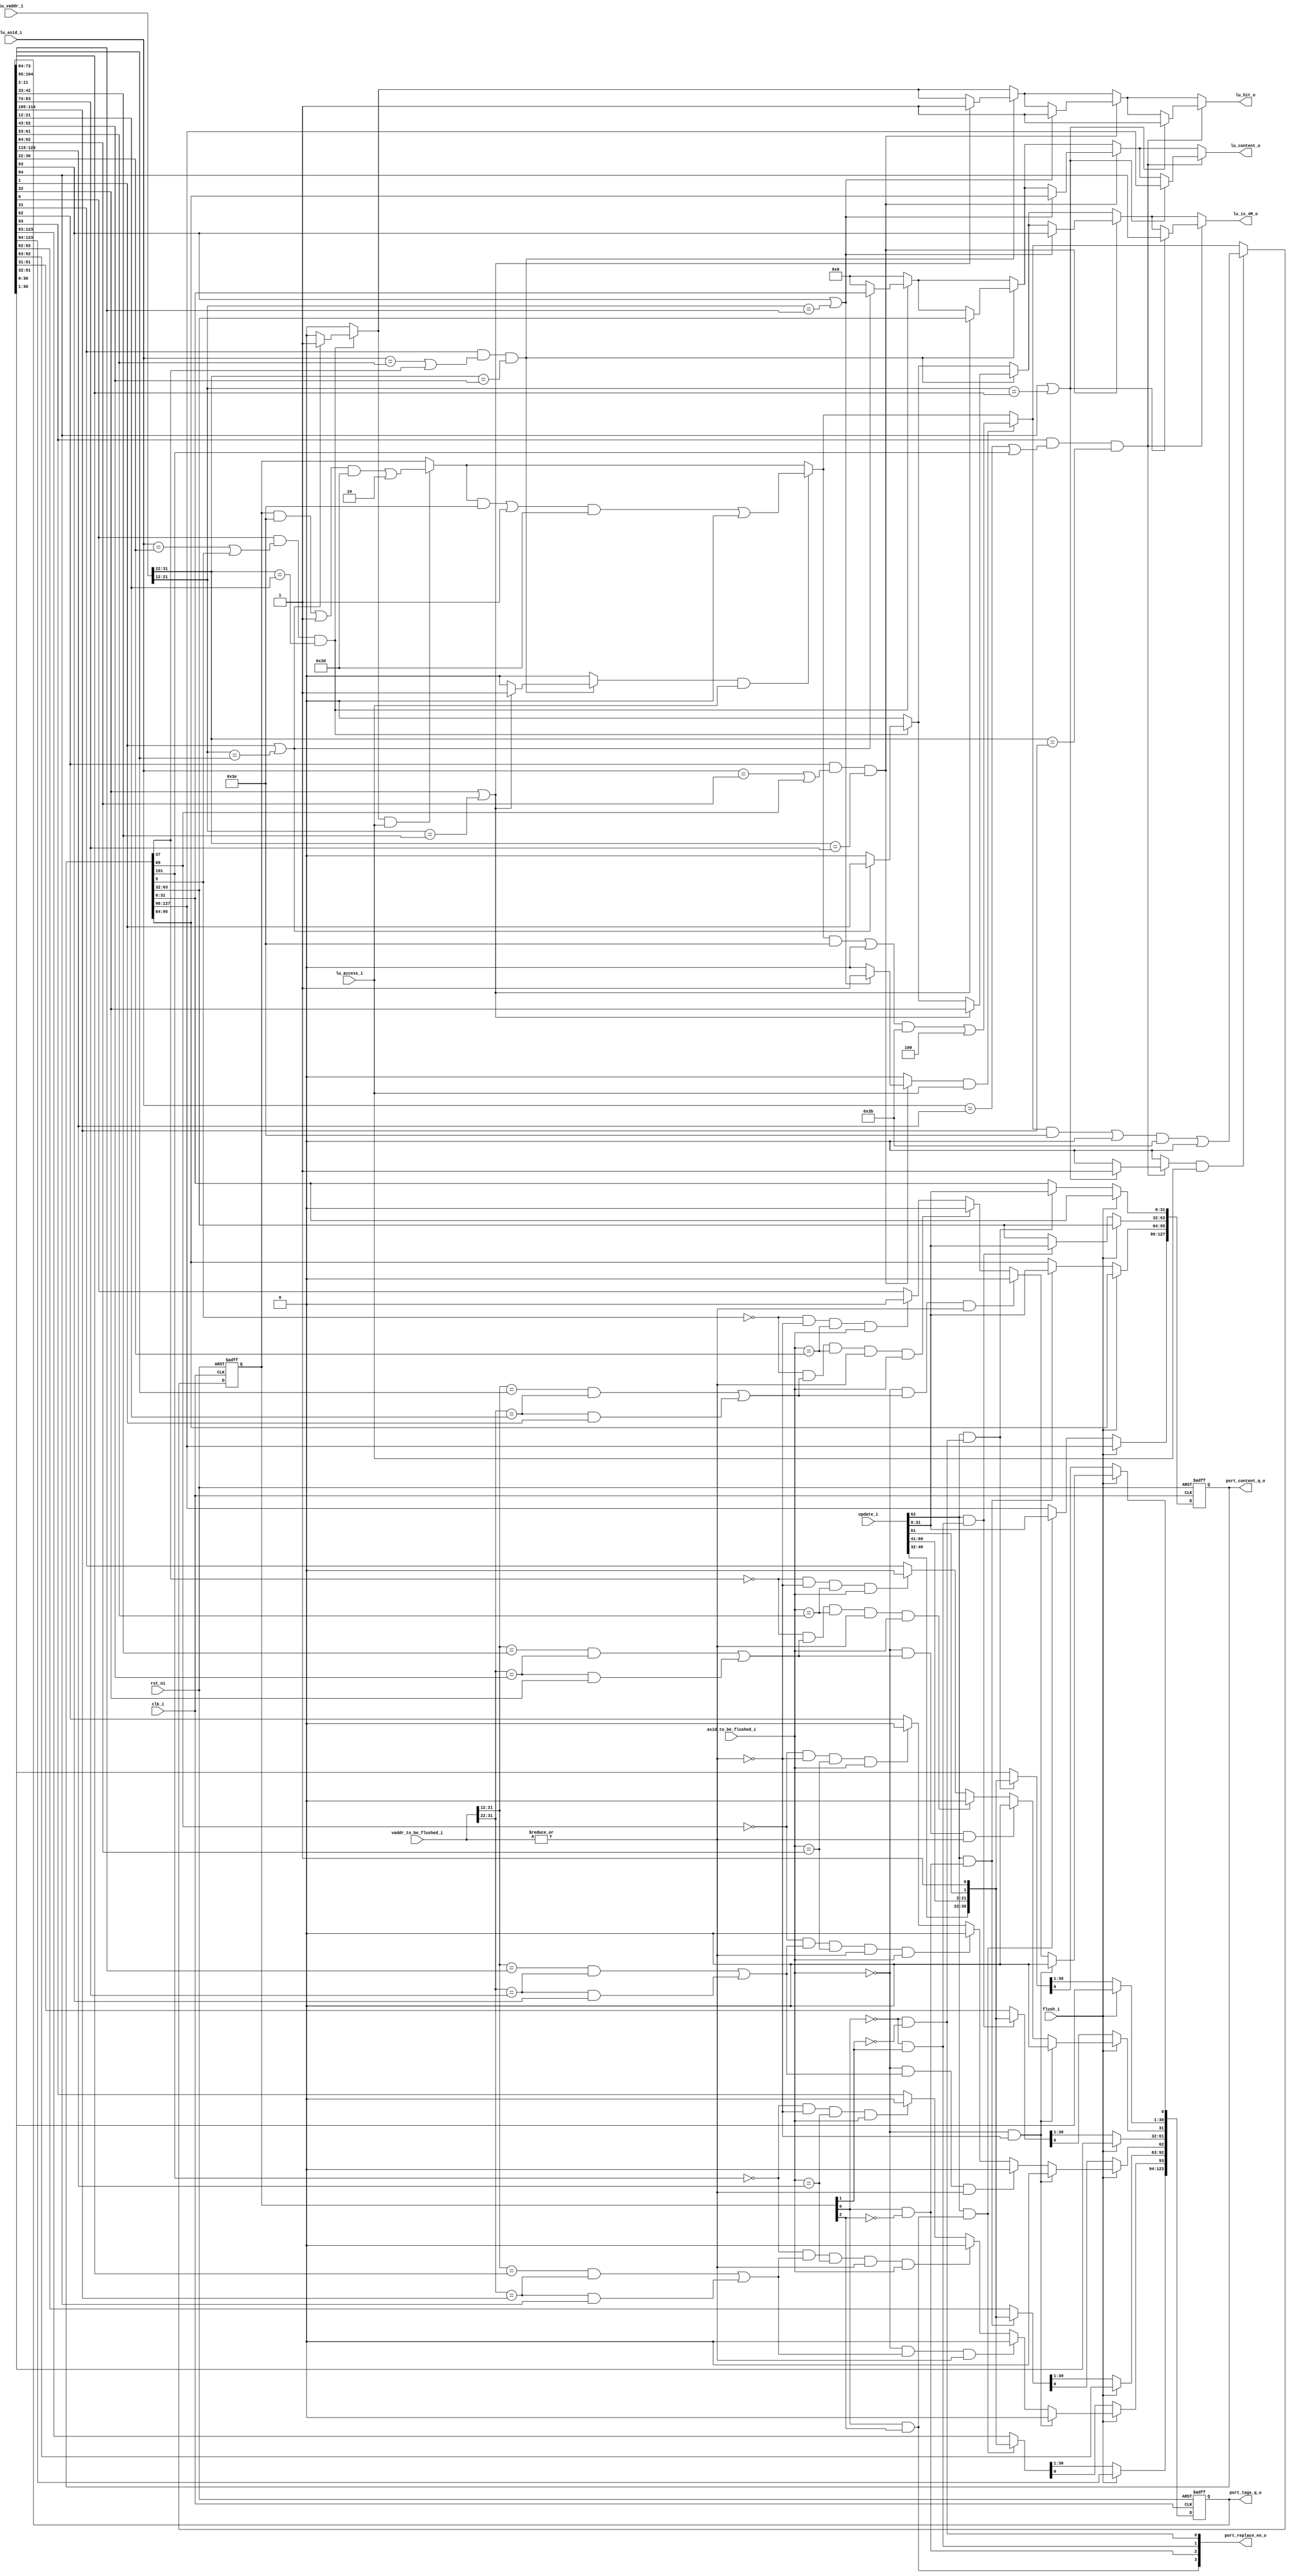
module cva6_tlb_sv32 (
	clk_i,
	rst_ni,
	flush_i,
	update_i,
	lu_access_i,
	lu_asid_i,
	lu_vaddr_i,
	lu_content_o,
	asid_to_be_flushed_i,
	vaddr_to_be_flushed_i,
	lu_is_4M_o,
	lu_hit_o,
	port_content_q_o,
	port_tags_q_o,
	port_replace_en_o
);
	parameter [31:0] TLB_ENTRIES = 4;
	parameter [31:0] ASID_WIDTH = 1;
	input wire clk_i;
	input wire rst_ni;
	input wire flush_i;
	input wire [62:0] update_i;
	input wire lu_access_i;
	input wire [ASID_WIDTH - 1:0] lu_asid_i;
	localparam cva6_config_pkg_CVA6ConfigXlen = 32;
	localparam riscv_XLEN = cva6_config_pkg_CVA6ConfigXlen;
	localparam riscv_VLEN = 32;
	input wire [31:0] lu_vaddr_i;
	output reg [31:0] lu_content_o;
	input wire [ASID_WIDTH - 1:0] asid_to_be_flushed_i;
	input wire [31:0] vaddr_to_be_flushed_i;
	output reg lu_is_4M_o;
	output reg lu_hit_o;
	reg [(TLB_ENTRIES * 31) - 1:0] tags_q;
	reg [(TLB_ENTRIES * 31) - 1:0] tags_n;
	reg [(TLB_ENTRIES * 32) - 1:0] content_q;
	reg [(TLB_ENTRIES * 32) - 1:0] content_n;
	reg [9:0] vpn0;
	reg [9:0] vpn1;
	reg [TLB_ENTRIES - 1:0] lu_hit;
	reg [TLB_ENTRIES - 1:0] replace_en;

output wire [127:0] port_content_q_o;
assign port_content_q_o = content_q;
output wire [123:0] port_tags_q_o;
assign port_tags_q_o = tags_q;
output wire [TLB_ENTRIES-1:0] port_replace_en_o;
assign port_replace_en_o = replace_en;

wire [31:0] content_q_0;
wire [30:0] tags_q_0;
assign content_q_0 = content_q[0*32+31:0*32];
assign tags_q_0 = tags_q[0*31+30:0*31];
wire [31:0] content_q_1;
wire [30:0] tags_q_1;
assign content_q_1 = content_q[1*32+31:1*32];
assign tags_q_1 = tags_q[1*31+30:1*31];
wire [31:0] content_q_2;
wire [30:0] tags_q_2;
assign content_q_2 = content_q[2*32+31:2*32];
assign tags_q_2 = tags_q[2*31+30:2*31];
wire [31:0] content_q_3;
wire [30:0] tags_q_3;
assign content_q_3 = content_q[3*32+31:3*32];
assign tags_q_3 = tags_q[3*31+30:3*31];

wire [30:0] tdata;
assign tdata = update_i[31-:32];
wire [31:0] cdata;
assign cdata = {update_i[40-:9], update_i[60:51], update_i[50:41], update_i[61], 1'b1};

	always @(*) begin : translation
		vpn0 = lu_vaddr_i[21:12];
		vpn1 = lu_vaddr_i[31:22];
		lu_hit = {TLB_ENTRIES {1'd0}};
		lu_hit_o = 1'b0;
		lu_content_o = 32'h00000000;
		lu_is_4M_o = 1'b0;
		begin : sv2v_autoblock_1
			reg [31:0] i;
			for (i = 0; i < TLB_ENTRIES; i = i + 1)
				if ((tags_q[i * 31] && ((lu_asid_i == tags_q[(i * 31) + 30-:9]) || content_q[(i * 32) + 5])) && (vpn1 == tags_q[(i * 31) + 21-:10]))
					if (tags_q[(i * 31) + 1] || (vpn0 == tags_q[(i * 31) + 11-:10])) begin
						lu_is_4M_o = tags_q[(i * 31) + 1];
						lu_content_o = content_q[i * 32+:32];
						lu_hit_o = 1'b1;
						lu_hit[i] = 1'b1;
					end
		end
	end
	wire asid_to_be_flushed_is0;
	wire vaddr_to_be_flushed_is0;
	reg [TLB_ENTRIES - 1:0] vaddr_vpn0_match;
	reg [TLB_ENTRIES - 1:0] vaddr_vpn1_match;
	assign asid_to_be_flushed_is0 = ~(|asid_to_be_flushed_i);
	assign vaddr_to_be_flushed_is0 = ~(|vaddr_to_be_flushed_i);
	always @(*) begin : update_flush
		tags_n = tags_q;
		content_n = content_q;
		begin : sv2v_autoblock_2
			reg [31:0] i;
			for (i = 0; i < TLB_ENTRIES; i = i + 1)
				begin
					vaddr_vpn0_match[i] = vaddr_to_be_flushed_i[21:12] == tags_q[(i * 31) + 11-:10];
					vaddr_vpn1_match[i] = vaddr_to_be_flushed_i[31:22] == tags_q[(i * 31) + 21-:10];
					if (flush_i) begin
						if (asid_to_be_flushed_is0 && vaddr_to_be_flushed_is0)
							tags_n[i * 31] = 1'b0;
						else if ((asid_to_be_flushed_is0 && ((vaddr_vpn0_match[i] && vaddr_vpn1_match[i]) || (vaddr_vpn1_match[i] && tags_q[(i * 31) + 1]))) && ~vaddr_to_be_flushed_is0)
							tags_n[i * 31] = 1'b0;
						else if ((((!content_q[(i * 32) + 5] && ((vaddr_vpn0_match[i] && vaddr_vpn1_match[i]) || (vaddr_vpn1_match[i] && tags_q[(i * 31) + 1]))) && (asid_to_be_flushed_i == tags_q[(i * 31) + 30-:9])) && !vaddr_to_be_flushed_is0) && !asid_to_be_flushed_is0)
							tags_n[i * 31] = 1'b0;
						else if (((!content_q[(i * 32) + 5] && vaddr_to_be_flushed_is0) && (asid_to_be_flushed_i == tags_q[(i * 31) + 30-:9])) && !asid_to_be_flushed_is0)
							tags_n[i * 31] = 1'b0;
					end
					else if (update_i[62] & replace_en[i]) begin
						tags_n[i * 31+:31] = {update_i[40-:9], update_i[60:51], update_i[50:41], update_i[61], 1'b1};
						content_n[i * 32+:32] = update_i[31-:32];
					end
				end
		end
	end
	reg [(2 * (TLB_ENTRIES - 1)) - 1:0] plru_tree_q;
	reg [(2 * (TLB_ENTRIES - 1)) - 1:0] plru_tree_n;
	always @(*) begin : plru_replacement
		plru_tree_n = plru_tree_q;
		begin : sv2v_autoblock_3
			reg [31:0] i;
			for (i = 0; i < TLB_ENTRIES; i = i + 1)
				begin : sv2v_autoblock_4
					reg [31:0] idx_base;
					reg [31:0] shift;
					reg [31:0] new_index;
					if (lu_hit[i] & lu_access_i) begin : sv2v_autoblock_5
						reg [31:0] lvl;
						for (lvl = 0; lvl < $clog2(TLB_ENTRIES); lvl = lvl + 1)
							begin
								idx_base = $unsigned((2 ** lvl) - 1);
								shift = $clog2(TLB_ENTRIES) - lvl;
								new_index = ~((i >> (shift - 1)) & 32'b00000000000000000000000000000001);
								plru_tree_n[idx_base + (i >> shift)] = new_index[0];
							end
					end
				end
		end
		begin : sv2v_autoblock_6
			reg [31:0] i;
			for (i = 0; i < TLB_ENTRIES; i = i + 1)
				begin : sv2v_autoblock_7
					reg en;
					reg [31:0] idx_base;
					reg [31:0] shift;
					reg [31:0] new_index;
					en = 1'b1;
					begin : sv2v_autoblock_8
						reg [31:0] lvl;
						for (lvl = 0; lvl < $clog2(TLB_ENTRIES); lvl = lvl + 1)
							begin
								idx_base = $unsigned((2 ** lvl) - 1);
								shift = $clog2(TLB_ENTRIES) - lvl;
								new_index = (i >> (shift - 1)) & 32'b00000000000000000000000000000001;
								if (new_index[0])
									en = en & plru_tree_q[idx_base + (i >> shift)];
								else
									en = en & ~plru_tree_q[idx_base + (i >> shift)];
							end
					end
					replace_en[i] = en;
				end
		end
	end
	always @(posedge clk_i or negedge rst_ni)
		if (~rst_ni) begin
			tags_q <= {TLB_ENTRIES {31'd0}};
			content_q <= {TLB_ENTRIES {32'd0}};
			plru_tree_q <= {2 * (TLB_ENTRIES - 1) {1'd0}};
		end
		else begin
			tags_q <= tags_n;
			content_q <= content_n;
			plru_tree_q <= plru_tree_n;
		end
	initial begin : p_assertions

	end
	function signed [31:0] countSetBits;
		input reg [TLB_ENTRIES - 1:0] vector;
		reg signed [31:0] count;
		begin
			count = 0;
			begin : sv2v_autoblock_9
				integer idx;
				for (idx = TLB_ENTRIES - 1; idx >= 0; idx = idx - 1)
					count = count + vector[idx];
			end
			countSetBits = count;
		end
	endfunction
endmodule